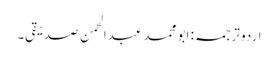
اردو ترجمہ: ابو محمد عبدالحمن صدیقی۔